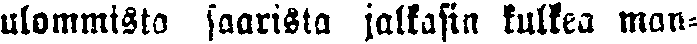
ulommista saarista jalkasin kulkea man-